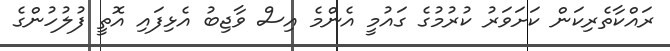
ރައްކާތެރިކަން ކަށަވަރު ކުރުމުގެ ގައުމީ އެންމެ އިސް ވާޖިބު އެޅިފައި އޮތީ ފުލުހުންގެ